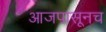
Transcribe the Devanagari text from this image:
आजपासूनच